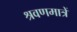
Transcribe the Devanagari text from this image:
श्रवणमात्रें